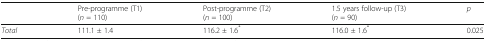
|  | Pre-programme (T1)(n = 110) | Post-programme (T2)(n = 100) | 1.5 years follow-up (T3)(n = 90) | p |
 | --- | --- | --- | --- | --- |
 | Total | 111.1 ± 1.4 | 116.2 ± 1.6* | 116.0 ± 1.6* | 0.025 |